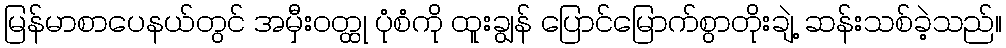
မြန်မာစာပေနယ်တွင် အမှီးဝတ္ထု ပုံစံကို ထူးချွန် ပြောင်မြောက်စွာတိုးချဲ့ ဆန်းသစ်ခဲ့သည်။